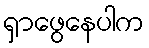
ရှာဖွေနေပါက